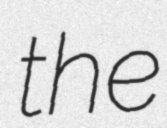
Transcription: the